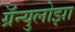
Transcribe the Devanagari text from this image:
ग्रॅन्युलोझा